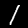
Label: 1